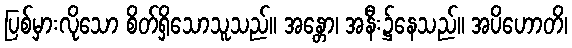
ပြစ်မှားလိုသော စိတ်ရှိသောသူသည်။ အန္တော၊ အနီး၌နေသည်။ အပိဟောတိ၊